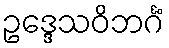
ဥဒ္ဒေသဝိဘင်္ဂံ